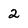
Character: 2